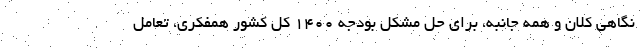
نگاهی کلان و همه جانبه، برای حل مشکل بودجه ۱۴۰۰ کل کشور همفکری، تعامل